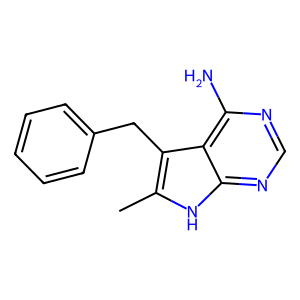
SMILES: Cc1[nH]c2ncnc(N)c2c1Cc1ccccc1
Inhibits HIV replication: No